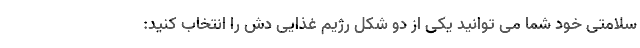
سلامتی خود شما می توانید یکی از دو شکل رژیم غذایی دش را انتخاب کنید: